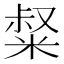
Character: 𥺤